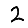
Digit: 2